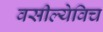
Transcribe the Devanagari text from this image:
वसील्येविच